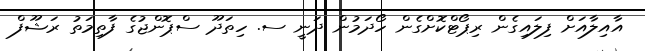
އާއިލާއަށް ފިލައިގެން ރިޕޯޓްކޮށްގެން ހޯދަމުން ދަނީ ސ. ހިތަދޫ ސްޕޮންޖުގެ ފާތިމަތު ރަޝޫފް